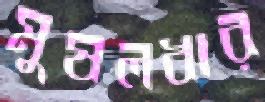
মুষলধার